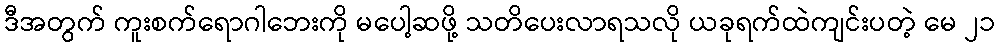
ဒီအတွက် ကူးစက်ရောဂါဘေးကို မပေါ့ဆဖို့ သတိပေးလာရသလို ယခုရက်ထဲကျင်းပတဲ့ မေ ၂၁